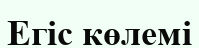
Егіс көлемі